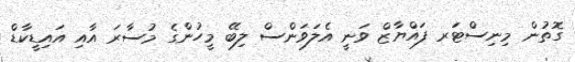
ގޮތުން މިނިސްޓަރ ފައްޔާޒް ވަނީ އެލަވަންސް ލިބޭ މީހުންގެ މުސާރަ އާއި އައިޑީކާޑް